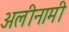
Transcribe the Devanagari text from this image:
अलीनामी